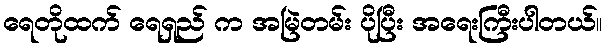
ရေတိုထက် ရေရှည် က အမြဲတမ်း ပိုပြီး အရေးကြီးပါတယ်။